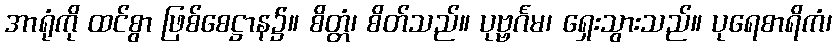
အာရုံကို ထင်စွာ ဖြစ်စေဋ္ဌာန၌။ စိတ္တံ၊ စိတ်သည်။ ပုဗ္ဗင်္ဂမ၊ ရှေးသွားသည်။ ပုရေစာရိကံ၊